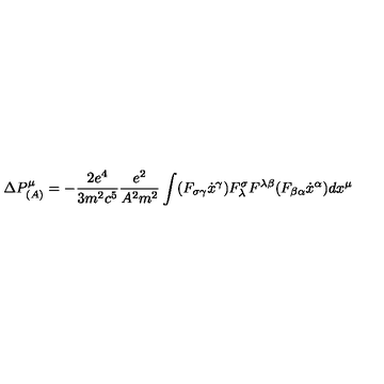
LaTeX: \Delta P _ { ( A ) } ^ { \mu } = - \frac { 2 e ^ { 4 } } { 3 m ^ { 2 } c ^ { 5 } } \frac { e ^ { 2 } } { A ^ { 2 } m ^ { 2 } } \int ( F _ { \sigma \gamma } \dot { x } ^ { \gamma } ) F _ { \lambda } ^ { \sigma } F ^ { \lambda \beta } ( F _ { \beta \alpha } \dot { x } ^ { \alpha } ) d x ^ { \mu } \,